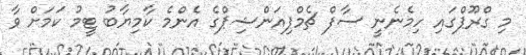
މި ގްރޫޕްގައި ހިމެނެނީ ސާފް ޗެމްޕިއަންޝިޕްގެ އެންމެ ކާމިޔާބު ޓީމު ކަމަށް ވާ